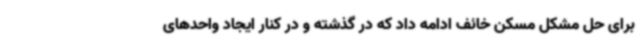
برای حل مشکل مسکن خائف ادامه داد که در گذشته و در کنار ایجاد واحدهای